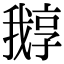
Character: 𡦛